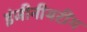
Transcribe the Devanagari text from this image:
इंजीनीयरींग